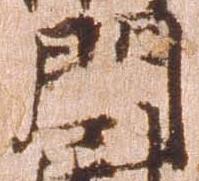
門